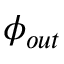
\phi _ { o u t }